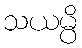
သယမ္ပိ